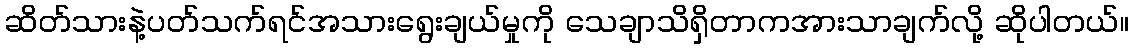
ဆိတ်သားနဲ့ပတ်သက်ရင်အသားရွေးချယ်မှုကို သေချာသိရှိတာကအားသာချက်လို့ ဆိုပါတယ်။